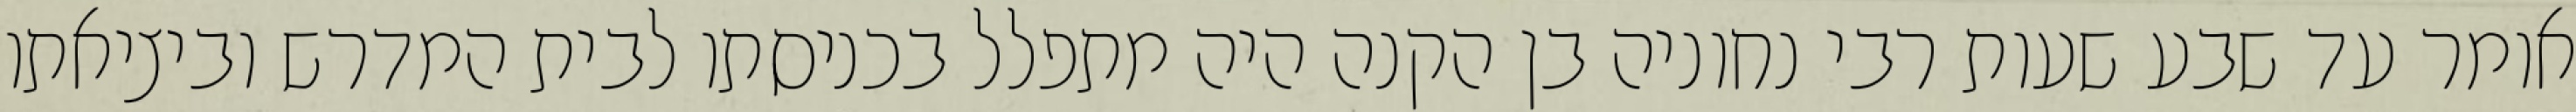
אומר עד שבע שעות רבי נחוניה בן הקנה היה מתפלל בכניסתו לבית המדרש וביציאתו